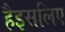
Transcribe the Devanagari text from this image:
हैइसलिए